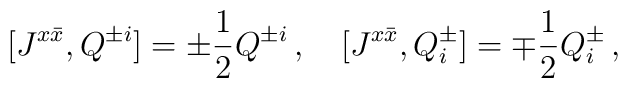
[J^{x\bar{x}},Q^{\pm i}]=\pm\frac{1}{2}Q^{\pm i}\,,\quad[J^{x\bar{x}},Q^\pm_i]=\mp\frac{1}{2}Q^\pm_i\,,